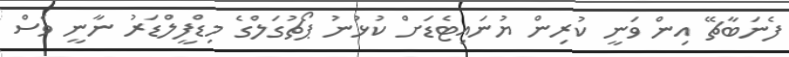
ފެނަބާޗޭ އިން ވަނީ ކުރިން ޔުނައިޓެޑަށް ކުޅުނު ޕޯޗުގަލްގެ މިޑްފީލްޑަރު ނާނީ ވެސް